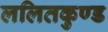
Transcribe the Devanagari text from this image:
ललितकुण्ड